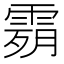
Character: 𩃴